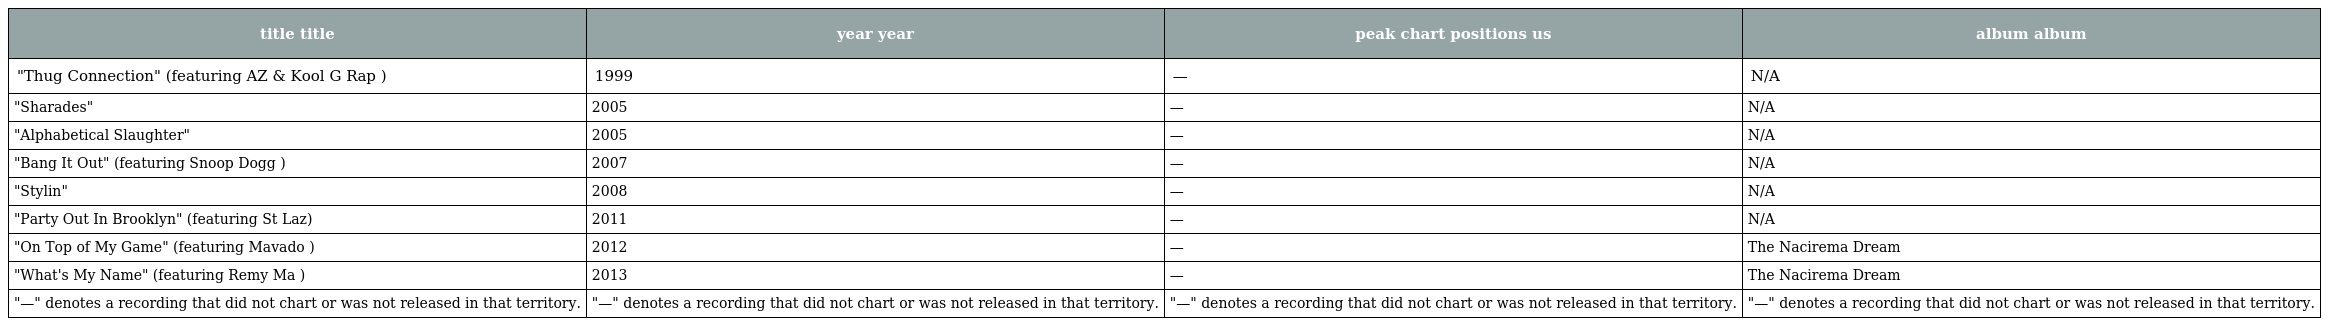
| title title | year year | peak chart positions us | album album |
 | --- | --- | --- | --- |
 | "Thug Connection" (featuring AZ & Kool G Rap ) | 1999 | — | N/A |
 | "Sharades" | 2005 | — | N/A |
 | "Alphabetical Slaughter" | 2005 | — | N/A |
 | "Bang It Out" (featuring Snoop Dogg ) | 2007 | — | N/A |
 | "Stylin" | 2008 | — | N/A |
 | "Party Out In Brooklyn" (featuring St Laz) | 2011 | — | N/A |
 | "On Top of My Game" (featuring Mavado ) | 2012 | — | The Nacirema Dream |
 | "What's My Name" (featuring Remy Ma ) | 2013 | — | The Nacirema Dream |
 | "—" denotes a recording that did not chart or was not released in that territory. | "—" denotes a recording that did not chart or was not released in that territory. | "—" denotes a recording that did not chart or was not released in that territory. | "—" denotes a recording that did not chart or was not released in that territory. |